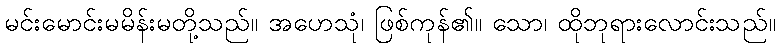
မင်းမောင်းမမိန်းမတို့သည်။ အဟေသုံ၊ ဖြစ်ကုန်၏။ သော၊ ထိုဘုရားလောင်းသည်။